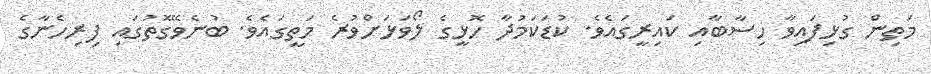
މަތިން ގުޅިފައިވާ ހިސާބާއި ކައިރީގައެވެ. ކުޑަކަމުދާ ހޮޅީގެ ލޯވަޅަށްވުރެ މަތީގައެވެ. ބުނެވޭގޮތުގައި ފިރިހެނާގެ